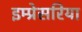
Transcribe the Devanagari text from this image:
इम्प्रेसरिया